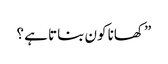
” کھانا کون بناتا ہے ؟